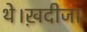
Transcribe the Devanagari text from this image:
थे।ख़दीजा